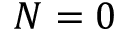
N = 0